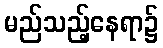
မည်သည့်နေရာ၌